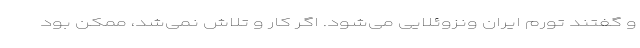
و گفتند تورم ایران ونزوئلایی می‌شود. اگر کار و تلاش نمی‌شد، ممکن بود